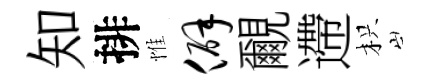
知排惟僻覼遰枳